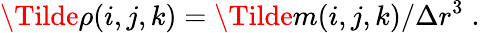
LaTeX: \Tilde{\rho}(i,j,k)=\Tilde{m}(i,j,k)/\Delta r^{3}\; .